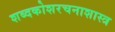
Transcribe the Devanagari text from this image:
शब्दकोशरचनाशास्त्र